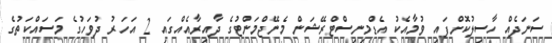
ސަނަދެއް ހާސިލުކޮށްފައި ވުމާއެކު އެޑްމިނިސްޓްރޭޝަން މެނޭޖްމަންޓުގެ ދާއިރާއެއްގައި 2 އަހަރު ދުވަހުގެ މަސައްކަތުގެ